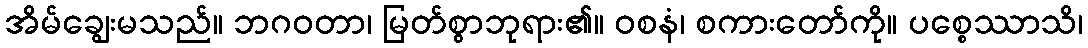
အိမ်ချွေးမသည်။ ဘဂဝတာ၊ မြတ်စွာဘုရား၏။ ဝစနံ၊ စကားတော်ကို။ ပစ္စေဿာသိ၊